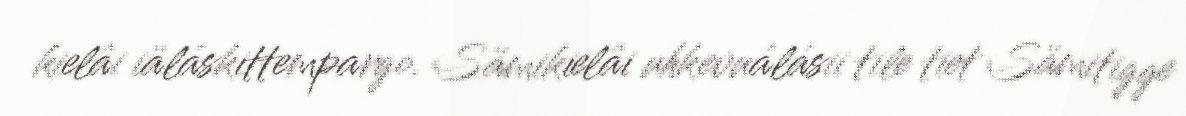
kielâi iäláskittempargo. Sämikielâi uhkevuálásii tile tiet Sämitigge